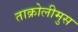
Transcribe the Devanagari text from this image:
ताक्रोलीमुस